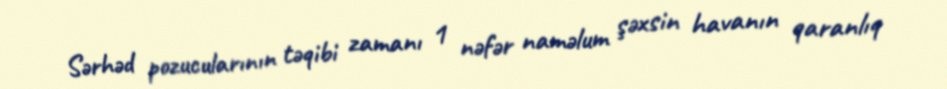
Sərhəd pozucularının təqibi zamanı 1 nəfər naməlum şəxsin havanın qaranlıq